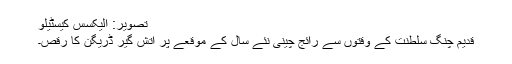
تصویر: الیکسس کیسٹیلو
قدیم چنگ سلطنت کے وقتوں سے رائج چینی نئے سال کے موقعے پر آتش گیر ڈریگن کا رقص۔